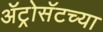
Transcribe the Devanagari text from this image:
ॲट्रोसॅटच्या